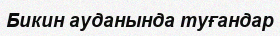
Бикин ауданында туғандар